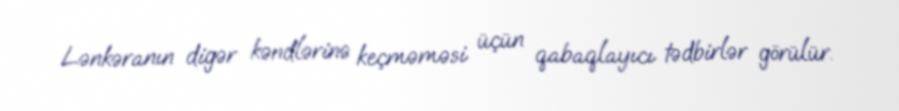
Lənkəranın digər kəndlərinə keçməməsi üçün qabaqlayıcı tədbirlər görülür.